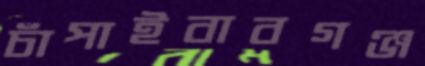
চাঁপাইবাবগঞ্জ